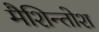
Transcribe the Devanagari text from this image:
मैशिन्तोश